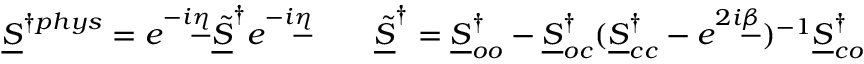
\underline { { S } } ^ { \dagger p h y s } = e ^ { - i \underline { { \eta } } } \underline { { \tilde { S } } } ^ { \dagger } e ^ { - i \underline { { \eta } } } \qquad \underline { { \tilde { S } } } ^ { \dagger } = \underline { { S } } _ { o o } ^ { \dagger } - \underline { { S } } _ { o c } ^ { \dagger } ( \underline { { S } } _ { c c } ^ { \dagger } - e ^ { 2 i \underline { { \beta } } } ) ^ { - 1 } \underline { { S } } _ { c o } ^ { \dagger }